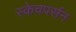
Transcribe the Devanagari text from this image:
स्केचपर्सन